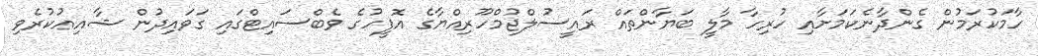
ހާމަކުރަމުން ގެންދާނެކަމަށާއި ހުރިހާ މާލީ ބަޔާންތައް ރައީސުލްޖުމްހޫރިއްޔާގެ އޮފީހުގެ ވެބްސައިޓްގައި ގަވައިދުން ޝާއިޢުކުރެވި